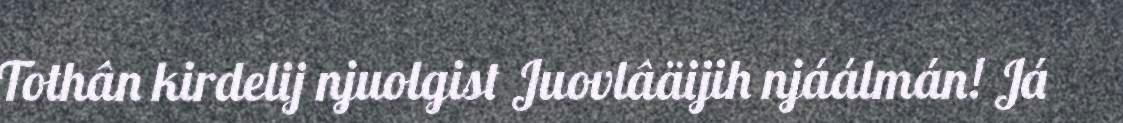
Tothân kirdelij njuolgist Juovlâäijih njáálmán! Já